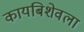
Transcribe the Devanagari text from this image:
कायबिशेवला